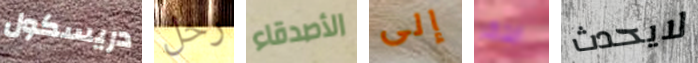
دريسكول رحل الأصدقاء إلى ابتكر لايحدث